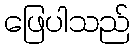
ဖြေပါသည်